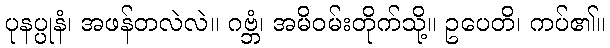
ပုနပ္ပုနံ၊ အဖန်တလဲလဲ။ ဂဗ္ဘံ၊ အမိဝမ်းတိုက်သို့။ ဥပေတိ၊ ကပ်၏။